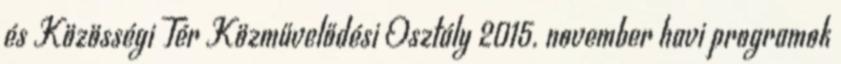
és Közösségi Tér Közművelődési Osztály 2015. november havi programok